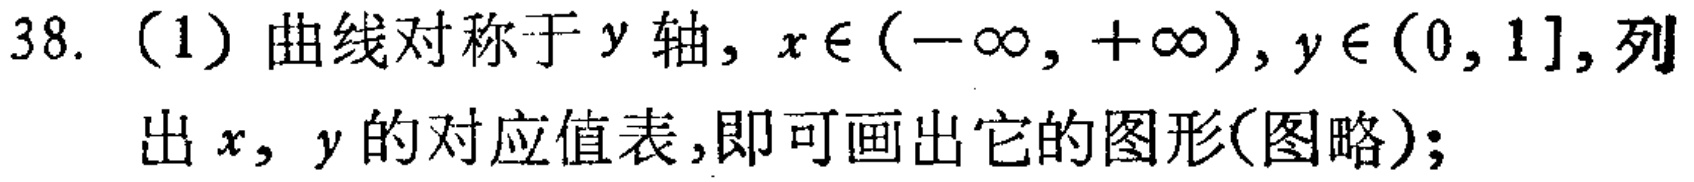
38. （1）曲线对称于\(y\)轴，\(x\in(-\infty,+\infty)\)，\(y\in(0,1]\)，列出\(x\)，\(y\)的对应值表，即可画出它的图形(图略)；